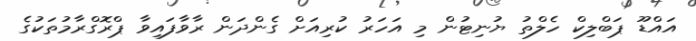
އައްޑޫ ޕަބްލިކް ހެލްތު ޔުނިޓުން މި އަހަރު ކުރިއަށް ގެންދަން ރާވާފައިވާ ޕްރޮގްރާމުތަކުގެ